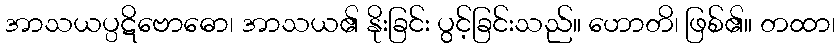
အာသယပ္ပဋိဗောဓော၊ အာသယ၏ နိုးခြင်း ပွင့်ခြင်းသည်။ ဟောတိ၊ ဖြစ်၏။ တထာ၊